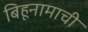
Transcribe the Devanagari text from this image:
बिहूनामाची